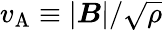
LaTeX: v_{\mathrm{A}}\equiv|\boldsymbol{B}|/\sqrt{\rho}